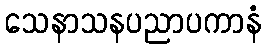
သေနာသနပညာပကာနံ